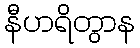
နီဟရိတွာန